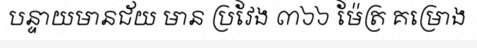
បន្ទាយមានជ័យ មាន ប្រវែង ៣៦៦ ម៉ែត្រ គម្រោង